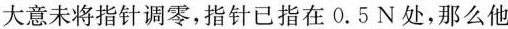
大意未将指针调零，指针已指在0.5N处，那么他